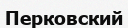
Перковский